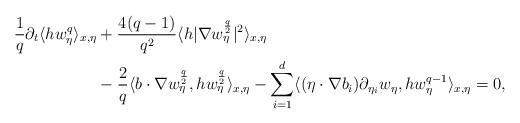
LaTeX: \begin{align*}\frac{1}{q}\partial_t \langle hw_\eta^q \rangle_{x,\eta} & + \frac{4(q-1)}{q^2}\langle h |\nabla w^{\frac{q}{2}}_\eta|^2\rangle_{x,\eta} \\& - \frac{2}{q}\langle b \cdot \nabla w_\eta^{\frac{q}{2}},h w_\eta^{\frac{q}{2}}\rangle_{x,\eta} - \sum_{i=1}^d \langle(\eta \cdot \nabla b_i)\partial_{\eta_i} w_\eta, hw_\eta^{q-1}\rangle_{x,\eta}=0, \end{align*}